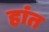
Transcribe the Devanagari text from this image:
हांत